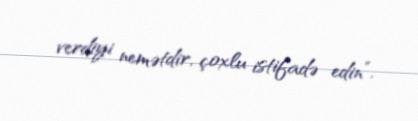
verdiyi nemətdir, çoxlu istifadə edin”.